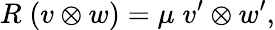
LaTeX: R\; (v\otimes w)=\mu\; v^{\prime}\otimes w^{\prime},